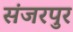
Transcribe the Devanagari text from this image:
संजरपुर